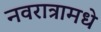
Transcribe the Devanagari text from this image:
नवरात्रामधे